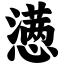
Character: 懑